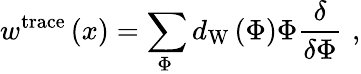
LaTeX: w^{\mathrm{trace}}\left(x\right)=\sum_{\Phi\, }d_{\mathrm{W}}\left(\Phi\right)\Phi\frac\delta{\delta\Phi}\, \, ,